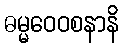
ဓမ္မဝေဝစနာနိ